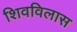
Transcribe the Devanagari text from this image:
शिवविलास